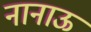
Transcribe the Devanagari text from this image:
नानाऊ